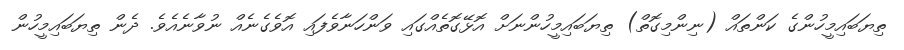
ތިޔަބައިމީހުންގެ ކަންތައް (ނިންމިގޮތް) ތިޔަބައިމީހުންނަށް އޮޅޭގޮތެއްގައި ވަންހަނާވެފައި އޮވެގެނެއް ނުވާނެއެވެ. ދެން ތިޔަބައިމީހުން